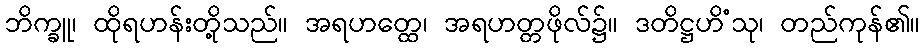
ဘိက္ခူ၊ ထိုရဟန်းတို့သည်။ အရဟတ္ထေ၊ အရဟတ္တဖိုလ်၌။ ဒတိဋ္ဌဟိံသု၊ တည်ကုန်၏။